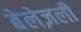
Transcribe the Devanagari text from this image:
बेलेज़ली